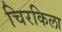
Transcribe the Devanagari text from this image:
चिरकिला